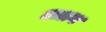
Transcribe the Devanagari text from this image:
अग्रग